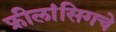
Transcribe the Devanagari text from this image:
फ्रीलांसिगचे